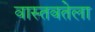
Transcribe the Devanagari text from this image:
वास्तवतेला